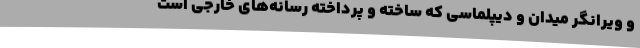
و ویرانگر میدان و دیپلماسی که ساخته و پرداخته رسانه‌های خارجی است